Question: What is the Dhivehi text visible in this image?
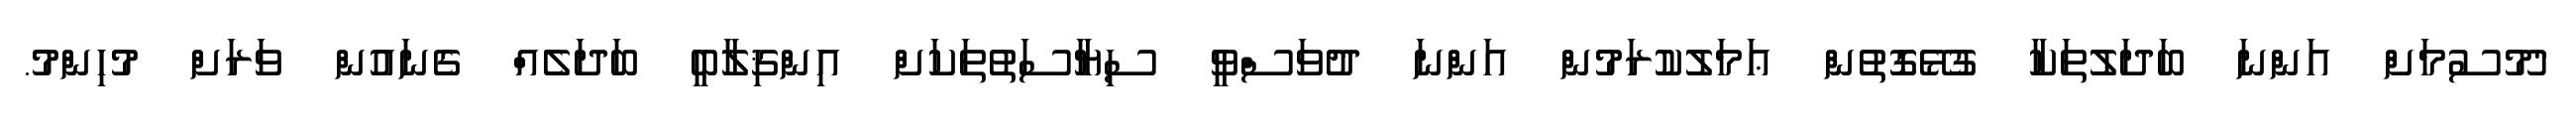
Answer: "މޫސުމަށް އަންނަ ބަދަލުތަކާ ގުޅޭގޮތުން ޢަމަލުކުރަމުން އަންނަ ދުވަސްވީ ސިޔާސަތުތަކަށް އިންޤިލާބީ ބަދަލެއް ގެނައުން ވަރަށް މުހިންމު.